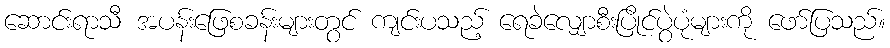
ဆောင်းရာသီ အပန်းဖြေစခန်းများတွင် ကျင်းပသည့် ရေခဲလျှောစီးပြိုင်ပွဲပုံများကို ဖော်ပြသည်။